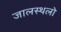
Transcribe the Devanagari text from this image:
जालस्थलो